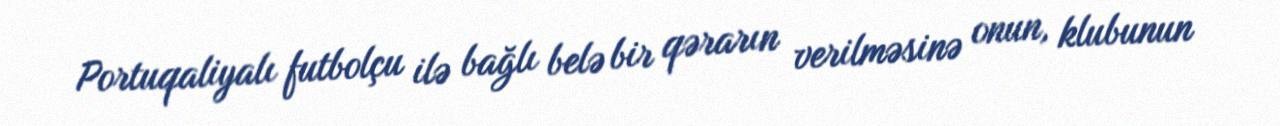
Portuqaliyalı futbolçu ilə bağlı belə bir qərarın verilməsinə onun, klubunun